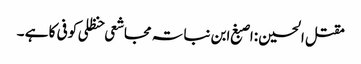
مقتل الحسین :اصبغ ابن نباتہ مجاشعی حنظلی کوفی کا ہے ۔